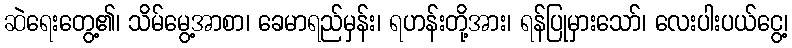
ဆဲရေးတွေ့၏၊ သိမ်မွေ့အာစာ၊ ခေမာရည်မှန်း၊ ရဟန်းတို့အား၊ ရန်ပြုမှားသော်၊ လေးပါးပယ်ငွေ့၊